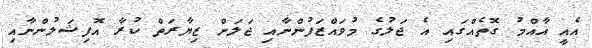
އެއީ އާއްމު ގޮތެއްގައި އެ ޖަލުގެ މުވައްޒަފުންނާއި ޖަލަށް ޒިޔާރަތް ކުރާ އޮފިޝަލުންނާއި